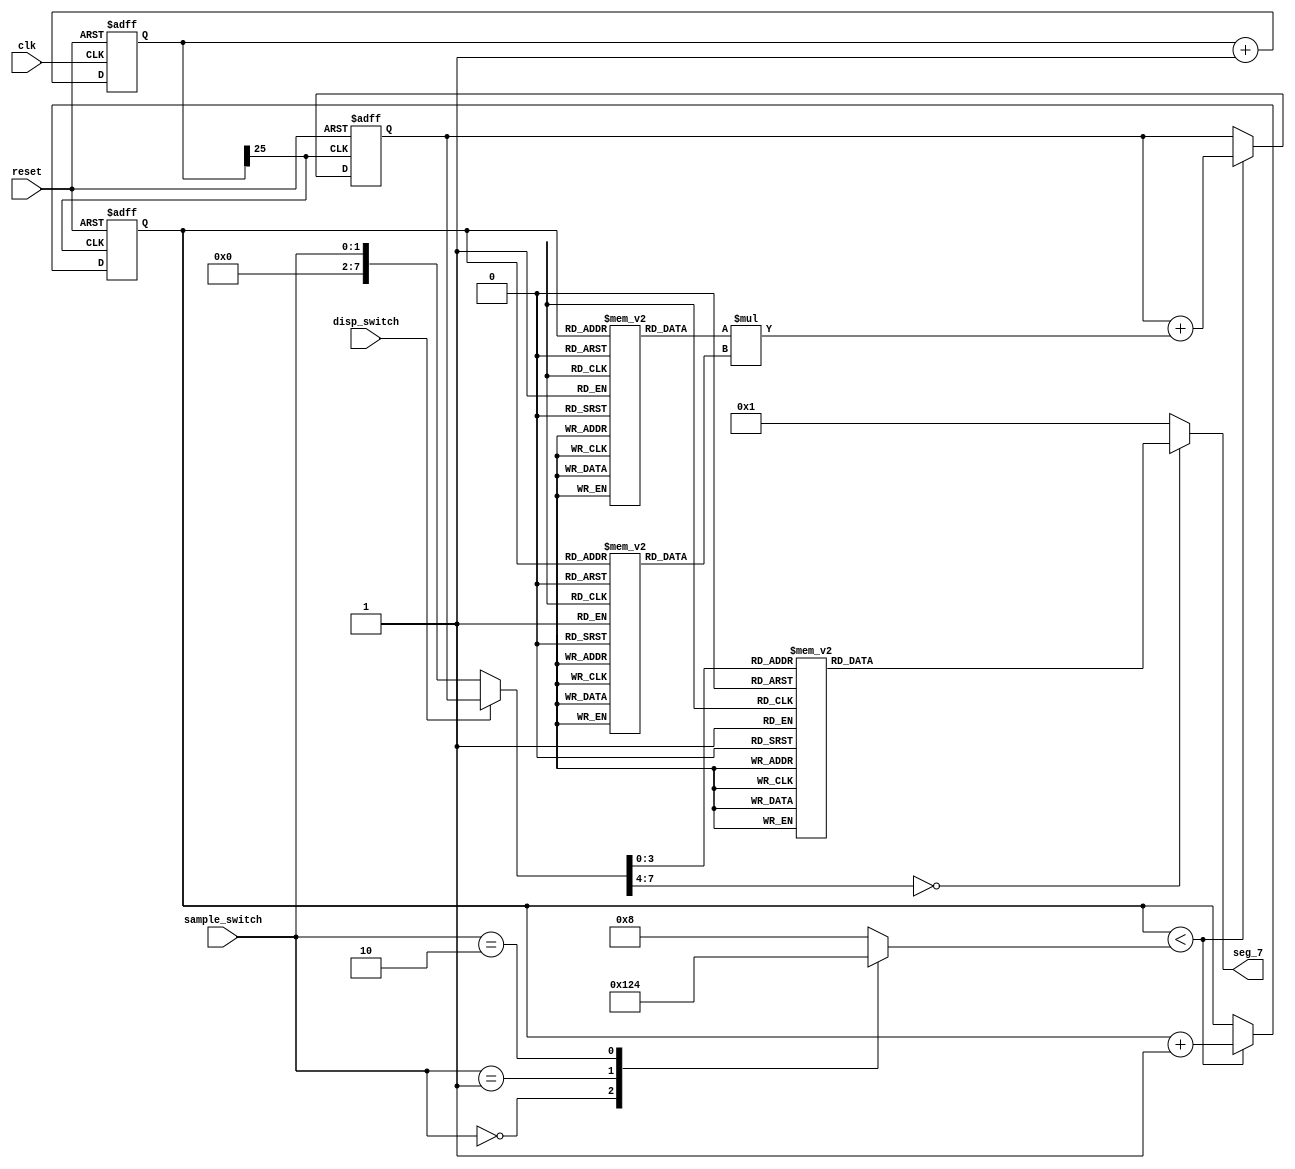
module mainfile(clk,
                reset,
                disp_switch,
                sample_switch,
                seg_7);
    input clk, reset, disp_switch;
    input [1:0] sample_switch; // 2 bits
    output reg [6:0]seg_7;
    reg [7:0]seg;
    
    wire my_clk;
    reg [25:0] counter;
    // Clk
    assign my_clk = counter[25];//(counter > = 15000000);
    // Counter
    always@(posedge clk, negedge reset)
    begin
        if (reset == 0)
        begin
            counter <= 0;
        end
        else
        begin
            counter <= counter + 1;
        end
    end
    
    // initialise ROM for A and B
    reg [3:0] ROM_A [0:8];
    reg [3:0] ROM_B [0:8];
    reg [7:0] P; // 8 bit
    
    initial
    begin
        ROM_A[0] = 4'b0001;
        ROM_A[1] = 4'b0001;
        ROM_A[2] = 4'b0001;
        ROM_A[3] = 4'b0001;
        ROM_A[4] = 4'b0001;
        ROM_A[5] = 4'b0001;
        ROM_A[6] = 4'b0001;
        ROM_A[7] = 4'b0001;
        ROM_A[8] = 4'b0001;
        ROM_B[0] = 4'b0001;
        ROM_B[1] = 4'b0001;
        ROM_B[2] = 4'b0001;
        ROM_B[3] = 4'b0001;
        ROM_B[4] = 4'b0001;
        ROM_B[5] = 4'b0001;
        ROM_B[6] = 4'b0001;
        ROM_B[7] = 4'b0001;
        ROM_B[8] = 4'b0001;
    end
    
    reg [3:0] sum_count;
    reg [3:0] N_samples;
    always@(sample_switch)
    begin
        case(sample_switch)
            0: N_samples       = 7'b0001;
            1: N_samples       = 7'b0010;
            2: N_samples       = 7'b0100;
            default: N_samples = 7'b1000;
        endcase
    end
    // operating corelation
    always@(posedge my_clk, negedge reset)
    begin
        if (reset == 0)
        begin
            sum_count <= 0;
            P         <= 0;
        end
        else
        begin
            if (sum_count < N_samples) // < or less <= 
            begin
                P         <= P + (ROM_A[sum_count] * ROM_B[sum_count]);
                sum_count <= sum_count + 1;
            end
            
        end
    end
    
    always@(*)
    begin
        case(disp_switch)
            0: seg       = {6'b0 , sample_switch}; //8
            default: seg = P; //8
        endcase
    end
    
    // 7 segment display
    always@(seg)
    begin
        case(seg)
            0: seg_7       = 7'b0000001;
            1: seg_7       = 7'b1001111;
            2: seg_7       = 7'b0010010;
            3: seg_7       = 7'b0000110;
            4: seg_7       = 7'b1001100;
            5: seg_7       = 7'b0100100;
            6: seg_7       = 7'b0100000;
            7: seg_7       = 7'b0001111;
            8: seg_7       = 7'b0000000;
            9: seg_7       = 7'b0001100;
            default: seg_7 = 7'b0000001;
        endcase
    end
endmodule